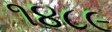
૧૪૮૯